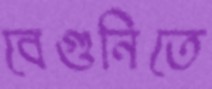
বেগুনিতে